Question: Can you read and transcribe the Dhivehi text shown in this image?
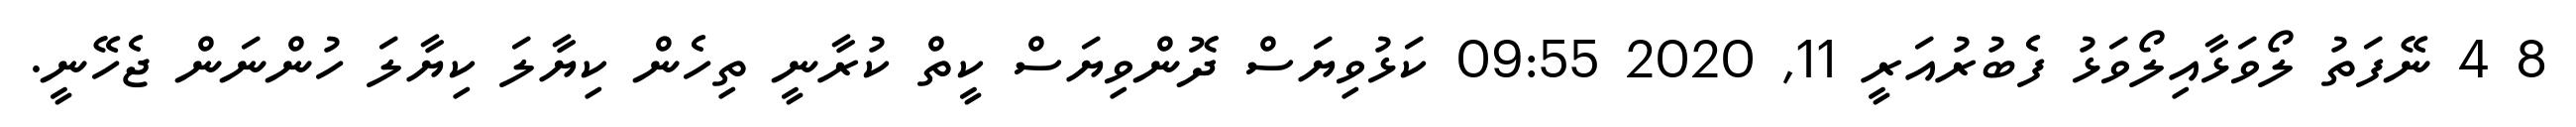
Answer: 8 4 ނޭފަތު ލޯވަޅާއިލޯވަޅު ފެބުރުއަރީ 11, 2020 09:55 ކަޅުވިޔަސް ދޮންވިޔަސް ކީތް ކުރާނީ ތިހެން ކިޔާލަ ކިޔާލަ ހުންނަން ޖެހޭނީ.